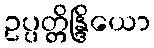
ဥပ္ပတ္တိန္ဒြိယော